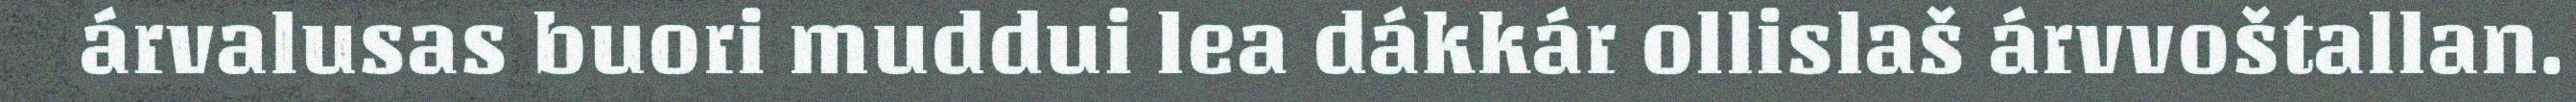
árvalusas buori muddui lea dákkár ollislaš árvvoštallan.